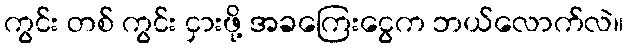
ကွင်း တစ် ကွင်း ငှားဖို့ အခကြေးငွေက ဘယ်လောက်လဲ။